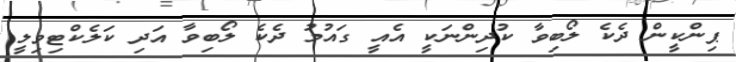
ޕިންކީން ދެކެ ލޯބިވާ ކުދިންނަކީ އެއީ ގައުމު ދެކެ ލޯބިވާ އަދި ކަލެކްޓިވިލީ